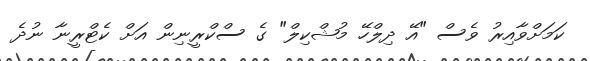
ކަމަށްވާއިރު ވެސް "އޭ ދިލްހޭ މުޝްކިލް" ގެ ސްކްރީނިން އަށް ކެޓްރީނާ ނުދެ